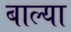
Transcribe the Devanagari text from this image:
बाल्या